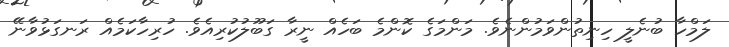
ލަމްހާ ބުނެލީ ހިނިތުންވަމުންނެވެ. މަންމަގެ ކޮންމެ ބަހެއް ނީރާ ގަބޫލުކުރިއެވެ. ހުރިހާކަމެއް ރަނގަޅުވާނޭ